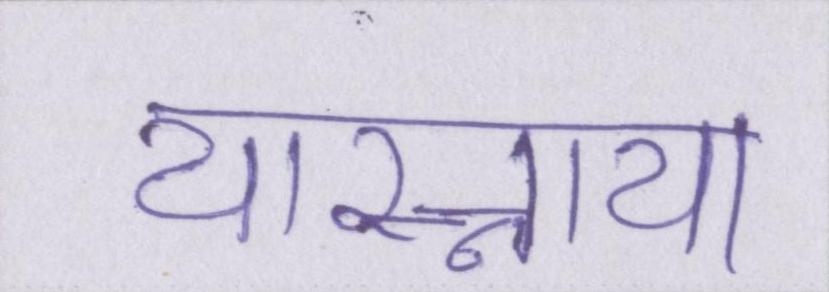
यास्नाया